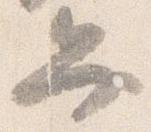
弁